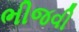
ભીજવી